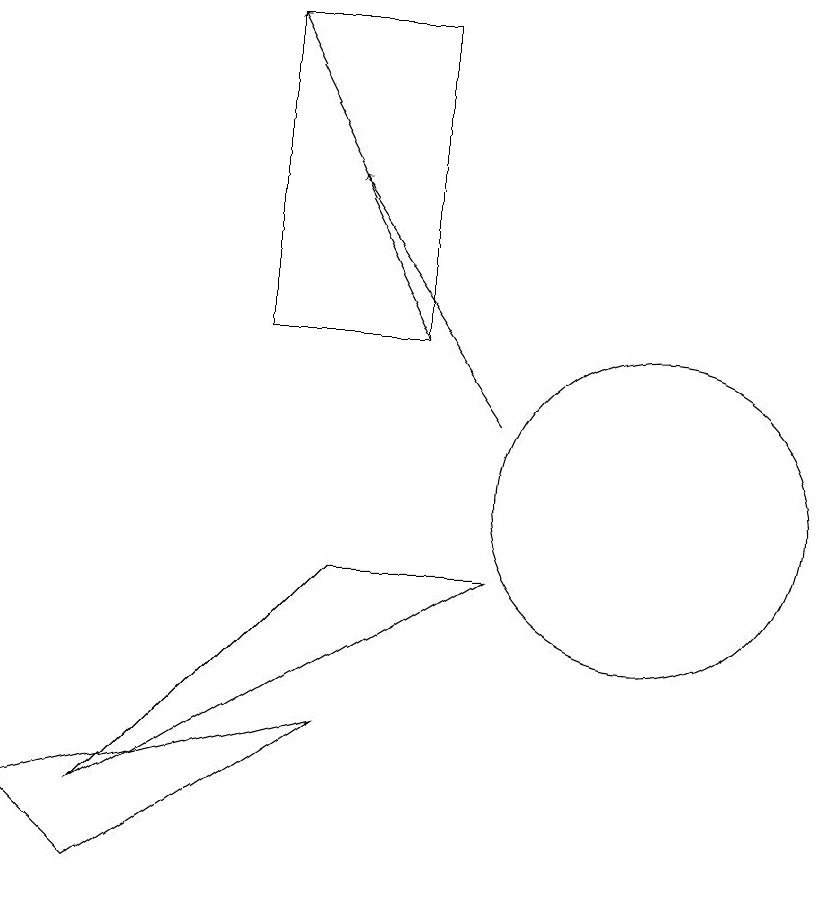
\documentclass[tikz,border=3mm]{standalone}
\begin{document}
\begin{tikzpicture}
\draw[->] (8,11) -- (6,14);
\draw[->] (7,12) -- (5,16);
\draw (2,6) -- (6,7) -- (3,5) -- cycle;
\draw (6,9) -- (3,6) -- (8,9) -- cycle;
\draw (10,10) circle (2);
\draw (7,16) rectangle (5,12);
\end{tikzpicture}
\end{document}